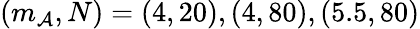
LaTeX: (m_{\mathcal{A}},N)=(4,20),(4,80),(5.5,80)